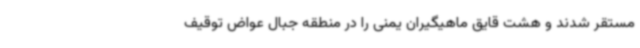
مستقر شدند و هشت قایق ماهیگیران یمنی را در منطقه جبال عواض توقیف